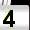
Digit: 4